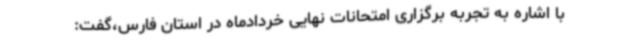
با اشاره به تجربه برگزاری امتحانات نهایی خردادماه در استان فارس،گفت: